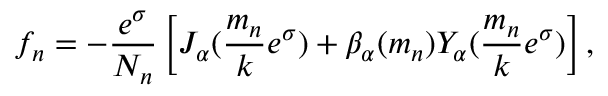
f _ { n } = - \frac { e ^ { \sigma } } { N _ { n } } \left[ J _ { \alpha } ( \frac { m _ { n } } { k } e ^ { \sigma } ) + \beta _ { \alpha } ( m _ { n } ) Y _ { \alpha } ( \frac { m _ { n } } { k } e ^ { \sigma } ) \right] ,